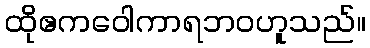
ထိုဧကဝေါကာရဘဝဟူသည်။